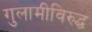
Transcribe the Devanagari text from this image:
गुलामीविरुद्ध